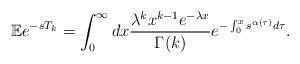
LaTeX: \begin{align*}\mathbb{E}e^{-sT _{k}}=\int_{0}^{\infty }dx\frac{\lambda^{k}x^{k-1}e^{-\lambda x}}{\Gamma (k)}e^{-\int_{0}^{x}s ^{\alpha (\tau) }d\tau}.\end{align*}